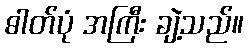
ဓါတ်ပုံ အကြီး ချဲ့သည်။